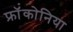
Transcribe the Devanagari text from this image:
फ्रॉंकोनिया